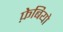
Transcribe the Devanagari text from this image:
फ़ेबियो